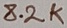
Text: 8.2K